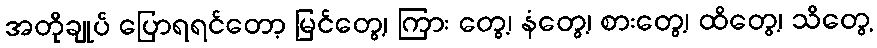
အတိုချုပ် ပြောရရင်တော့ မြင်တွေ့၊ ကြား တွေ့၊ နံတွေ့၊ စားတွေ့၊ ထိတွေ့၊ သိတွေ့